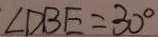
\angle D B E = 3 0 ^ { \circ }